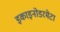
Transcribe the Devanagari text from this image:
इकाइनोडरमेटा